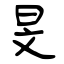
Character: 旻